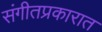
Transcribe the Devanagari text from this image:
संगीतप्रकारात